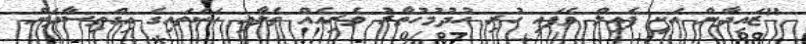
"ޒައިދާން އަކީ ފެއިލް ވެފައި ހުރި ހުދުމުހުތާރު ވެރިއެއް ތެލާއި ހަކަތައިގެ އިގްތިސާދަށް